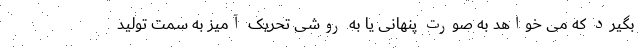
بگیرد که می خواهد به صورت پنهانی یا به روشی تحریک آمیز به سمت تولید